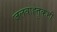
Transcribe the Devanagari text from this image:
जलवाह्तुकही